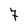
Character: 7